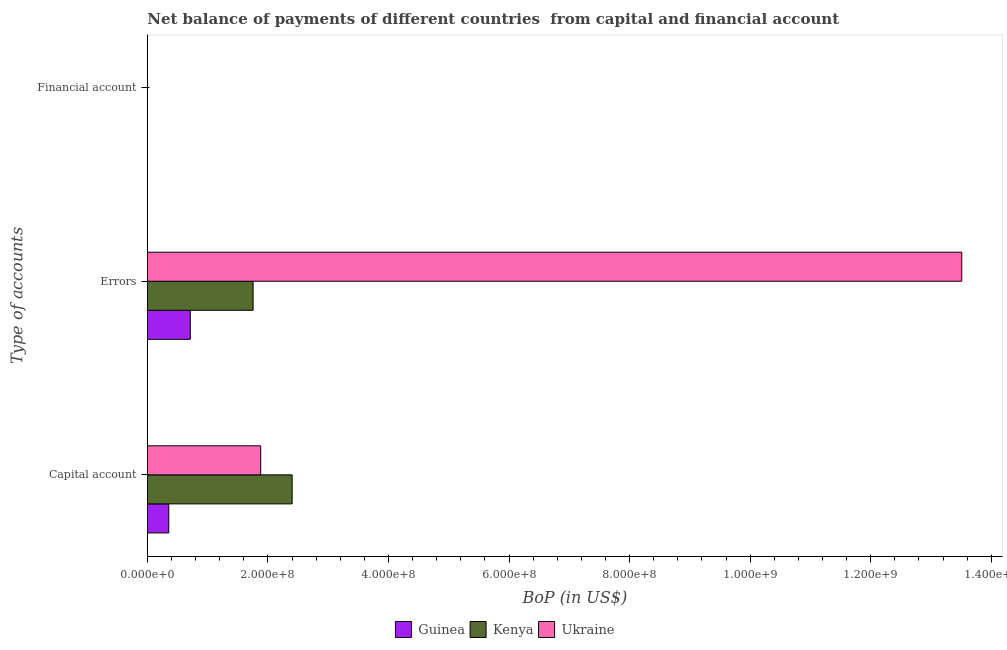
| Type of accounts | Guinea | Kenya | Ukraine |
 | --- | --- | --- | --- |
 | Capital account | 3.56e+07 | 2.4e+08 | 1.88e+08 |
 | Errors | 7.13e+07 | 1.75e+08 | 1.35e+09 |
 | Financial account | -2.2e+08 | -1.95e+09 | -1.48e+09 |